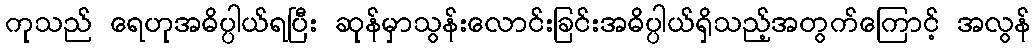
ကုသည် ရေဟုအဓိပ္ပါယ်ရပြီး ဆုန်မှာသွန်းလောင်းခြင်းအဓိပ္ပါယ်ရှိသည့်အတွက်ကြောင့် အလွန်